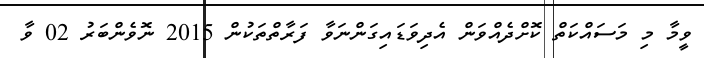
ވީމާ މި މަސައްކަތް ކޮށްދެއްވަން އެދިވަޑައިގަންނަވާ ފަރާތްތަކުން 2015 ނޮވެންބަރު 02 ވާ